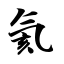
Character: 氦